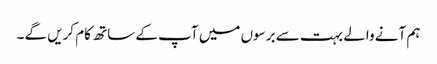
ہم آنے والے بہت سے برسوں میں آپ کے ساتھ کام کریں گے۔